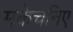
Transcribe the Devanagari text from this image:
मकेचनिए